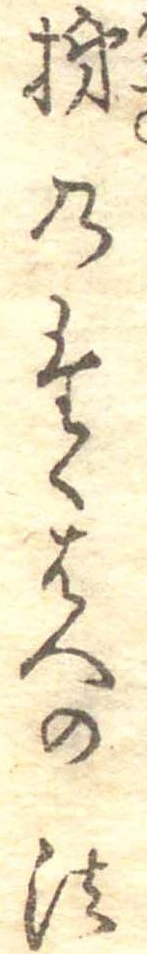
柿のたくはへの法